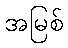
အမြစ်